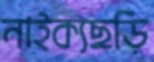
নাইক্যছড়ি